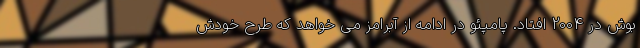
بوش در 2004 افتاد. پامپئو در ادامه از آبرامز می خواهد که طرح خودش